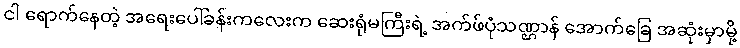
ငါ ရောက်နေတဲ့ အရေးပေါ်ခန်းကလေးက ဆေးရုံမကြီးရဲ့ အက်ဖ်ပုံသဏ္ဌာန် အောက်ခြေ အဆုံးမှာမို့